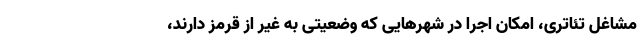
مشاغل تئاتری، امکان اجرا در شهر‌هایی که وضعیتی به غیر از قرمز دارند،